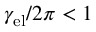
\gamma _ { \mathrm { e l } } / 2 \pi < 1